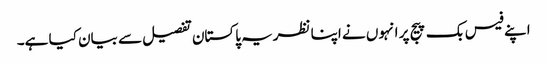
اپنے فیس بک پیج پر انہوں نے اپنا نظریہ پاکستان تفصیل سے بیان کیا ہے۔